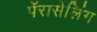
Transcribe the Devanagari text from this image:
पॅरासेलिंग